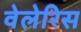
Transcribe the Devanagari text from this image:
वेलेरिस